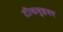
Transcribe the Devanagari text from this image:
टीकवुडवर